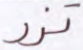
تزر